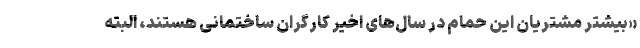
«بیشتر مشتریان این حمام در سال‌های اخیر کارگران ساختمانی هستند، البته